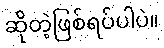
ဆိုတဲ့ဖြစ်ရပ်ပါပဲ။